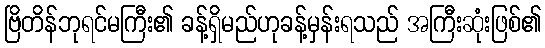
ဗြိတိန်ဘုရင်မကြီး၏ ခန့်ရှိမည်ဟုခန့်မှန်းရသည် အကြီးဆုံးဖြစ်၏